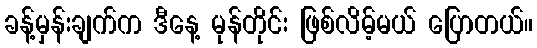
ခန့်မှန်းချက်က ဒီနေ့ မုန်တိုင်း ဖြစ်လိမ့်မယ် ပြောတယ်။